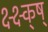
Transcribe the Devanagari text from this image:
क्ष्क्ष्क्ष्